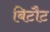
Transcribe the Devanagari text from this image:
बिटौट